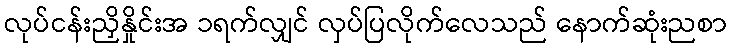
လုပ်ငန်းညှိနှိုင်းအ ၁ရက်လျှင် လှပ်ပြလိုက်လေသည် နောက်ဆုံးညစာ